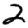
Digit: 2